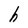
Character: h